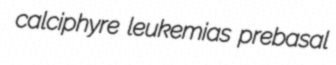
calciphyre leukemias prebasal